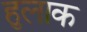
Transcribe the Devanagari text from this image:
हुलाक